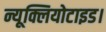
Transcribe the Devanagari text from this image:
न्यूक्लियोटाइड।